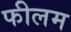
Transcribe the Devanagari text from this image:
फीलम